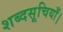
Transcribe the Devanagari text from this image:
शब्दसूचियाँ।